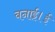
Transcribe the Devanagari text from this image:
बनाई।ई